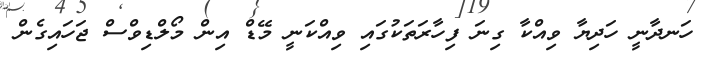
ހަނދާނީ ހަދިޔާ ވިއްކާ ގިނަ ފިހާރަތަކުގައި ވިއްކަނީ މޭޑް އިން މޯލްޑިވްސް ޖަހައިގެން